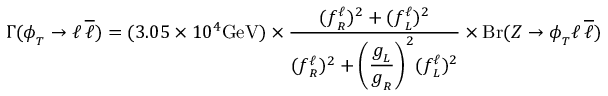
\Gamma ( \phi _ { _ T } \to \ell \, \overline { { { \ell } } } ) = ( 3 . 0 5 \times 1 0 ^ { 4 } { \mathrm { G e V } } ) \times { \frac { ( f _ { _ R } ^ { \ell } ) ^ { 2 } + ( f _ { _ L } ^ { \ell } ) ^ { 2 } } { ( f _ { _ R } ^ { \ell } ) ^ { 2 } + \displaystyle { \left( { \frac { g _ { _ L } } { g _ { _ R } } } \right) ^ { 2 } } ( f _ { _ L } ^ { \ell } ) ^ { 2 } } } \times \mathrm { B r } ( Z \to \phi _ { _ T } \ell \, \overline { { { \ell } } } )